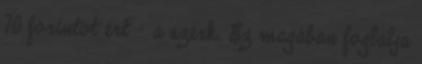
70 forintot ért – a szerk. Ez magában foglalja